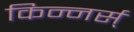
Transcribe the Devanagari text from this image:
किन्नर्स्